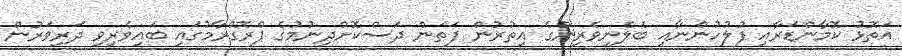
އަތޮޅު ކޮމާންޑަރާއި ފުލުހުންނާއި ބެލެނިވެރިންގެ އިތުރުން ފަތަން ދަސްކޮށްދިނުމުގެ ޕްރޮގްރާމުގައި ބައިވެރިވި ދަރިވަރުން